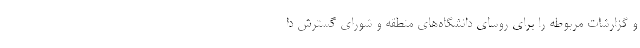
و گزارشات مربوطه را برای روسای دانشگاه‌های منطقه و شورای گسترش دا